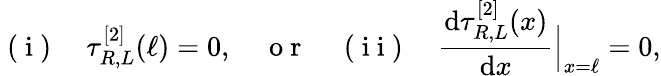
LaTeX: \mathrm{~(~i~)~}\quad\tau_{R,L}^{[2]}(\ell)=0,\quad\mathrm{~o~r~}\quad\mathrm{~(~i~i~)~}\quad\frac{\mathrm{d}\tau_{R,L}^{[2]}(x)}{\mathrm{d}x}\Big|_{x=\ell}=0,